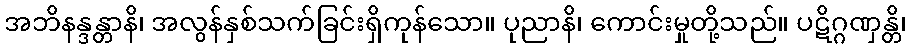
အဘိနန္ဒန္တာနိ၊ အလွန်နှစ်သက်ခြင်းရှိကုန်သော။ ပုညာနိ၊ ကောင်းမှုတို့သည်။ ပဋိဂ္ဂဏှန္တိ၊